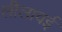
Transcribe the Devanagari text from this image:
लीलावई